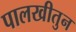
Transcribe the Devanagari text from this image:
पालखीतुन